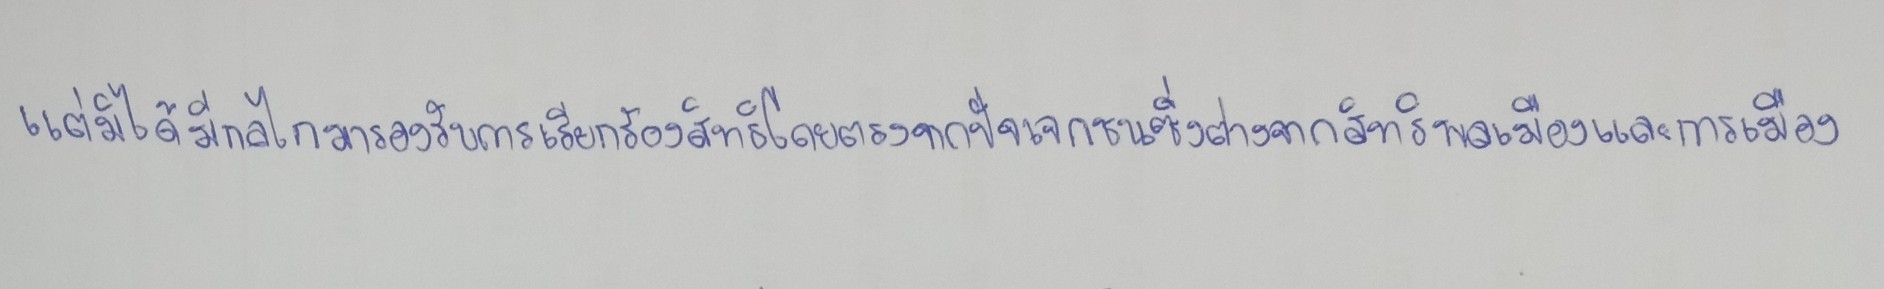
แต่มิได้มีกลไกมารองรับการเรียกร้องสิทธิโดยตรงจากปัจเจกชนซึ่งต่างจากสิทธิพลเมืองและการเมือง